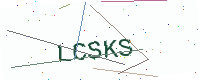
Text: LCSKS